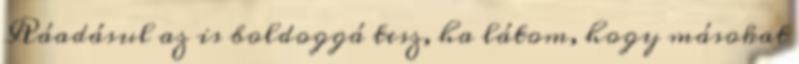
Ráadásul az is boldoggá tesz, ha látom, hogy másokat